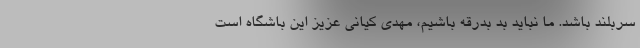
سربلند باشد. ما نباید بد بدرقه باشیم، مهدی کیانی عزیز این باشگاه است